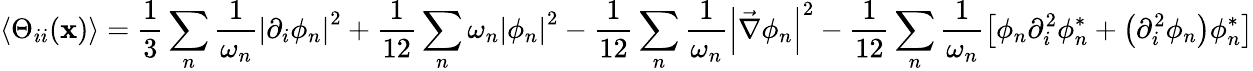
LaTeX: \left\langle\Theta_{ii}(\mathbf{x})\right\rangle=\frac{{1}}{{3}}\sum_{n}\frac{{1}}{{\omega_{n}}}\left|\partial_{i}\phi_{n}\right|^{2}+\frac{{1}}{{12}}\sum_{n}\omega_{n}\left|\phi_{n}\right|^{2}-\frac{{1}}{{12}}\sum_{n}\frac{{1}}{{\omega_{n}}}\left|\vec{{\nabla}}\phi_{n}\right|^{2}-\frac{{1}}{{12}}\sum_{n}\frac{{1}}{{\omega_{n}}}\left[\phi_{n}\partial_{i}^{2}\phi_{n}^{*}+\left(\partial_{i}^{2}\phi_{n}\right)\phi_{n}^{*}\right]